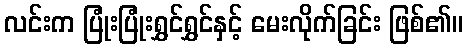
လင်းက ပြုံးပြုံးရွှင်ရွှင်နှင့် မေးလိုက်ခြင်း ဖြစ်၏။